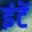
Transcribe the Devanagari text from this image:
इंटें